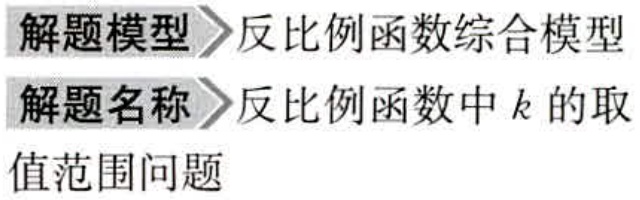
解题模型 反比例函数综合模型
解题名称 反比例函数中 \(k\) 的取
值范围问题